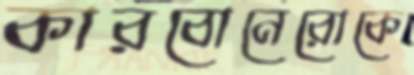
কারবোনেরোকে